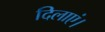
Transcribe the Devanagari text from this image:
दिलाएं।